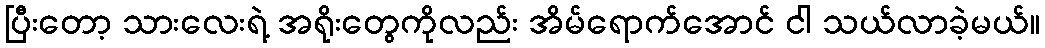
ပြီးတော့ သားလေးရဲ့ အရိုးတွေကိုလည်း အိမ်ရောက်အောင် ငါ သယ်လာခဲ့မယ်။